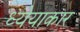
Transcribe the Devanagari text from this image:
ध्येयाकार